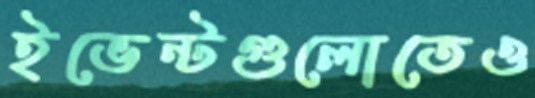
ইভেন্টগুলোতেও